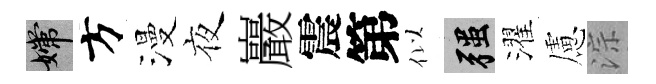
嫦方漫夜巖震第似强濯慮淙